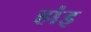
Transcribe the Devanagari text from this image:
हांइ